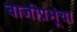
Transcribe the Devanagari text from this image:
बाजीप्रभूंचा